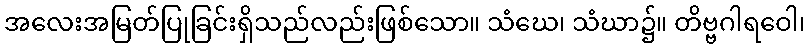
အလေးအမြတ်ပြုခြင်းရှိသည်လည်းဖြစ်သော။ သံဃေ၊ သံဃာ၌။ တိဗ္ဗဂါရဝေါ၊